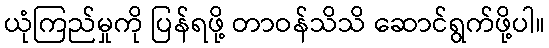
ယုံကြည်မှုကို ပြန်ရဖို့ တာဝန်သိသိ ဆောင်ရွက်ဖို့ပါ။